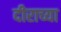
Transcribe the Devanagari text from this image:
दीराच्या